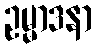
ဥမ္မာဒနာ